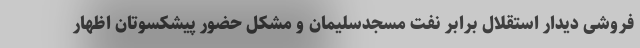
فروشی دیدار استقلال برابر نفت مسجدسلیمان و مشکل حضور پیشکسوتان اظهار